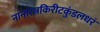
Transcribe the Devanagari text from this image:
नानारत्नकिरीटकुंडलधरं